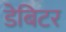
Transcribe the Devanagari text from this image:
डेबिटर